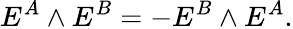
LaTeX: E^{A}\wedge E^{B}=-E^{B}\wedge E^{A}.